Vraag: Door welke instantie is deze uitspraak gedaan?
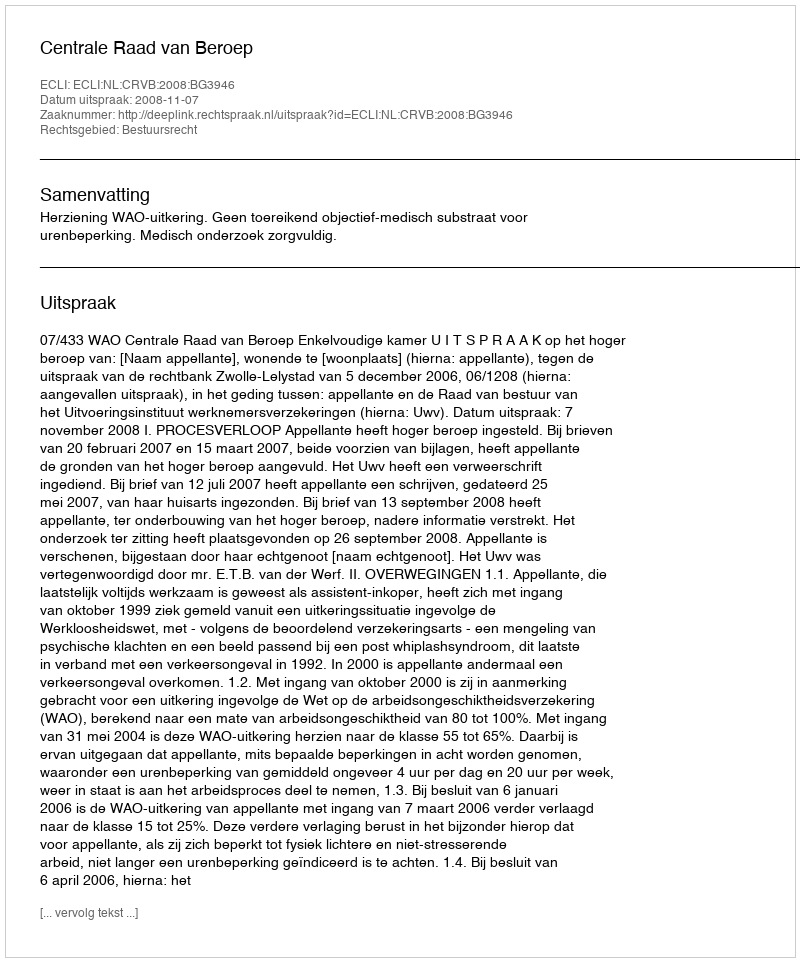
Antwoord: Centrale Raad van Beroep